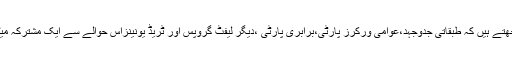
اس لیے ہم سمجھتے ہیں کہ طبقاتی جدوجہد،عوامی ورکرز پارٹی،برابری پارٹی ،دیگر لیفٹ گروپس اور ٹریڈ یونینزاس حوالے سے ایک مشترکہ میٹنگ کال کریں۔